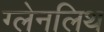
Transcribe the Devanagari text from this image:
ग्लेनलिथ